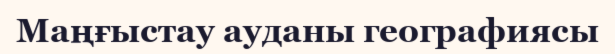
Маңғыстау ауданы географиясы